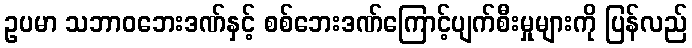
ဥပမာ သဘာဝဘေးဒဏ်နှင့် စစ်ဘေးဒဏ်ကြောင့်ပျက်စီးမှုများကို ပြန်လည်